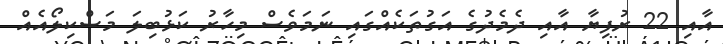
އާއި 22 ރުފިޔާ އާއި ދެމެދުގެ އަގުތަކެއްގައި ނަމަވެސް މިހާރު ކަޅުބިލަ މަސްކިލޯއެއް